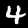
Digit: 4